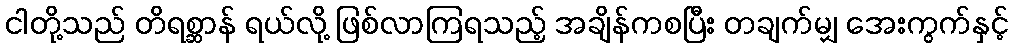
ငါတို့သည် တိရစ္ဆာန် ရယ်လို့ ဖြစ်လာကြရသည့် အချိန်ကစပြီး တချက်မျှ အေးကွက်နှင့်